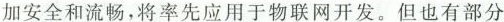
加安全和流畅，将率先应用于物联网开发。但也有部分